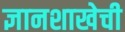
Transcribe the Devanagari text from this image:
ज्ञानशाखेची